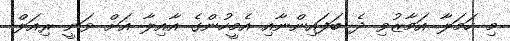
މި ހަމަލާ އަމާޒުވި ދެ ބަފައިންނާއި އެމީހުންގެ އާއިލާ އަށް ވަނީ ރިއަލް